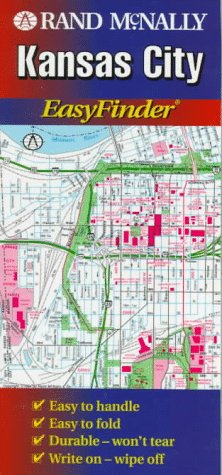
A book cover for Rand McNally Kansas City Easyfinder Map; Rand McNally; Travel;